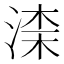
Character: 𣸑